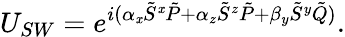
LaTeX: U_{SW}=e^{i(\alpha_{\mathit{x}}\tilde{{S}}^{\mathit{x}}\tilde{{P}}+\alpha_{z}\tilde{{S}}^{z}\tilde{{P}}+\beta_{y}\tilde{{S}}^{y}\tilde{{Q}})}.